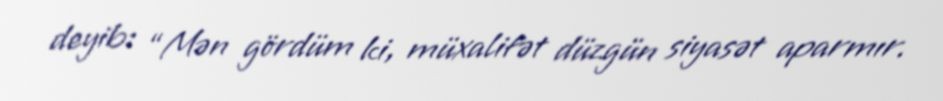
deyib: “Mən gördüm ki, müxalifət düzgün siyasət aparmır.